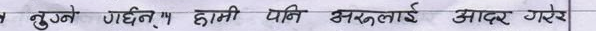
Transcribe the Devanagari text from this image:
बुझ्ने गर्दैनौँ। हामी पनि अरूलाई आदर गरेर